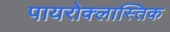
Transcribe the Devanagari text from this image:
पायरोक्लास्तिक